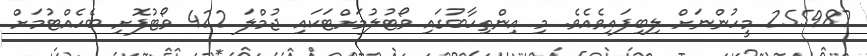
255987 މީހުންނަށް ލިބިފައިވެއެވެ. މި އިންތިހާބުގައި ވޯޓުލުމަށްޓަކައި ޖުމްލަ 422 ވޯޓުފޮށި ބެހެއްޓުމަށް